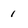
Character: 1